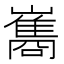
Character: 巂